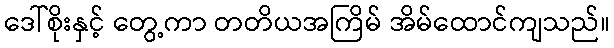
ဒေါ်စိုးနှင့် တွေ့ကာ တတိယအကြိမ် အိမ်ထောင်ကျသည်။